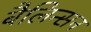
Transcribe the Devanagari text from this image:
बैलिन्सन